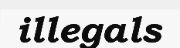
illegals